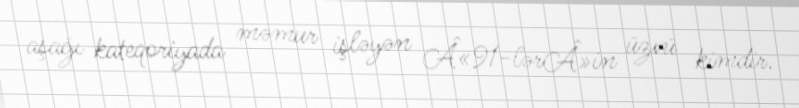
aşağı kateqoriyada məmur işləyən Â«91-lərÂ»in üzvü kimdir.